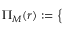
\quad \Pi _ { M } ( r ) : = \left\{ \begin{array} { l l } { \begin{array} { r l r } \end{array} } \end{array} \right.